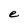
Character: e